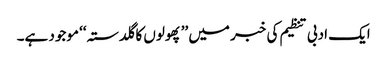
ایک ادبی تنظیم کی خبر میں ’’پھولوں کا گلدستہ‘‘ موجود ہے۔